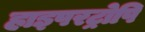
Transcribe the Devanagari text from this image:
हाइपरट्रोपि